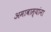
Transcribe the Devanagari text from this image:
अमावास्यांना